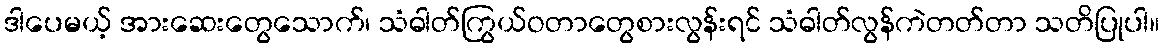
ဒါပေမယ့် အားဆေးတွေသောက်၊ သံဓါတ်ကြွယ်ဝတာတွေစားလွန်းရင် သံဓါတ်လွန်ကဲတတ်တာ သတိပြုပါ။